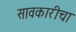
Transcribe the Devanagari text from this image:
सावकारीचा